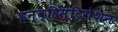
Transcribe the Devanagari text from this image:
इन्व्हिस्टिगेशन